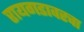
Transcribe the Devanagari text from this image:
रायगडावरचा